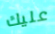
عليك